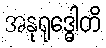
အနုရုဒ္ဓေါတိ